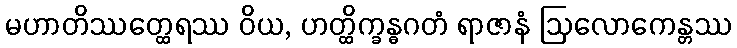
မဟာတိဿတ္ထေရဿ ဝိယ, ဟတ္ထိက္ခန္ဓဂတံ ရာဇာနံ ဩလောကေန္တဿ